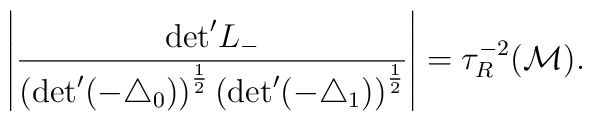
\left | \frac{{\rm det}^{\prime} L_{-}}{\left({\rm det}^{\prime}    (- {\triangle}_{0})\right)^{\frac{1}{2}} \left({\rm det}^{\prime}    (- {\triangle}_{1})\right)^{\frac{1}{2}}}     \right | = {\tau}_{R}^{-2}({\cal M}).